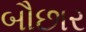
બૌછાર